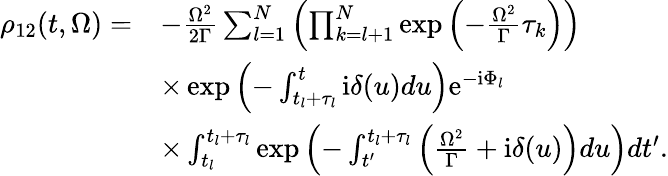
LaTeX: \begin{array}{rl}{\rho_{12}(t,\Omega)=}&{-\frac{\Omega^{2}}{2\Gamma}\sum_{l=1}^{N}\left(\prod_{k=l+1}^{N}\exp\left(-\frac{\Omega^{2}}{\Gamma}\tau_{k}\right)\right)}\\ &{\times\exp\left(-\int_{t_{l}+\tau_{l}}^{t}\mathrm{i}\delta(u)du\right)\mathrm{e}^{-\mathrm{i}\Phi_{l}}}\\ &{\times\int_{t_{l}}^{t_{l}+\tau_{l}}\exp\left(-\int_{t^{\prime}}^{t_{l}+\tau_{l}}\left(\frac{\Omega^{2}}{\Gamma}+\mathrm{i}\delta(u)\right)du\right)dt^{\prime}.}\end{array}